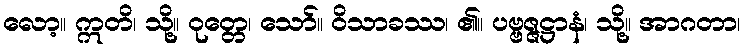
လော့။ ဣတိ၊ သို့။ ဝုတ္တေ၊ သော်။ ဝိသာခဿ၊ ၏။ ပဗ္ဗဇ္ဇဋ္ဌာနံ၊ သို့။ အာဂတာ၊